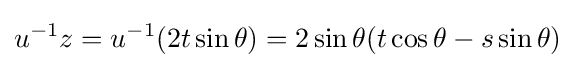
u^{-1}z=u^{-1}(2t\sin \theta )=2\sin \theta (t\cos \theta -s\sin \theta )